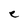
Character: e